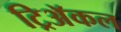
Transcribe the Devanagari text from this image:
ट्रिअॅकल